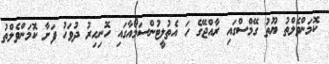
ކޮމަންވެލްތު ޔޫތު ގޭމްސްގައި ރާއްޖޭގެ ހަ އެތުލީޓުންސަމޯއާގައި ހޮނިހިރު ދުވަހު ފަށާ ކޮމަންވެލްތު